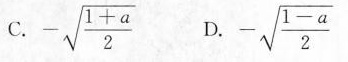
C.$$- \sqrt { \frac { 1 + a } { 2 } }$$ D.$$- \sqrt { \frac { 1 - a } { 2 } }$$